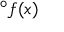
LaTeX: { } ^ { \circ } f ( x )